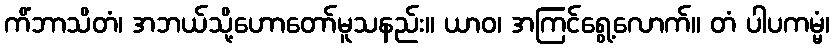
ကိံဘာသိတံ၊ အဘယ်သို့ဟောတော်မူသနည်း။ ယာဝ၊ အကြင်ရွေ့လောက်။ တံ ပါပကမ္မံ၊